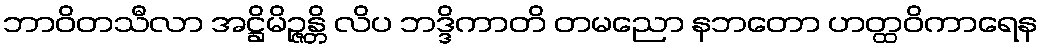
ဘာဝိတသီလာ အဋ္ဌိမိဉ္ဇန္တိ လိပ ဘဒ္ဒိကာတိ တမညော နဘတော ဟတ္ထဝိကာရေန